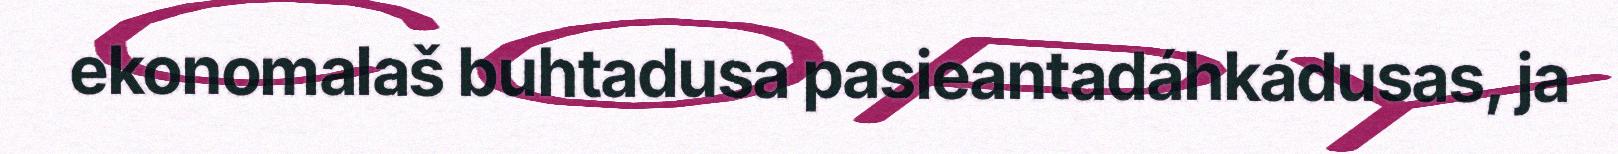
ekonomalaš buhtadusa pasieantadáhkádusas, ja